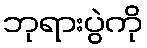
ဘုရားပွဲကို